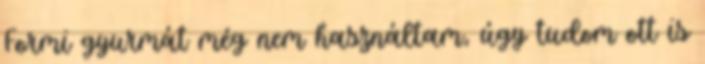
Formi gyurmát még nem használtam, úgy tudom ott is